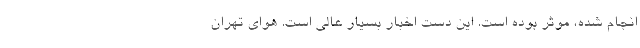
انجام شده، موثر بوده است. این دست اخبار بسیار عالی است. هوای تهران